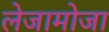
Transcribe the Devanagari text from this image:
लेजामोजा